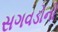
સગવડોનો